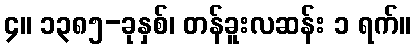
၄။ ၁၃၈၅-ခုနှစ်၊ တန်ခူးလဆန်း ၁ ရက်။